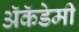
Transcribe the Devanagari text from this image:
अॅकॅडेमी